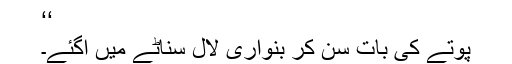
‘‘
پوتے کی بات سن کر بنواری لال سناٹے میں آگئے۔